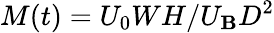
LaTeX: M(t)=U_{0}WH/U_{\mathbf{B}}D^{2}